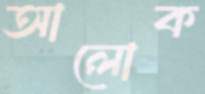
আলোক